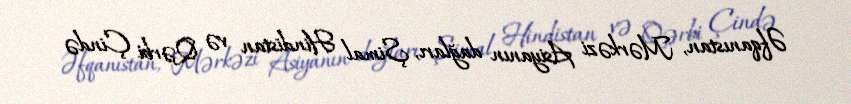
Əfqanıstan, Mərkəzi Asiyanın dağları, Şimal Hindistan və Qərbi Çində